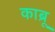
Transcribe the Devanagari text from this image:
काब्रू